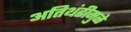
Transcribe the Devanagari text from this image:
अतिथंडीमुळे